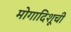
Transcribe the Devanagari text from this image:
मोगादिशूची